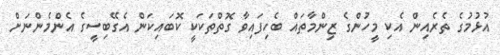
އުޅުމުގެ ތެރެއިން އެކި މީހުންގެ ޒިންމާތައް ބެހިފައިވާ ގޮތްތަކަކީ ކޮބައިކަން އެގޭބިސީގެ އެންމެންނަށް